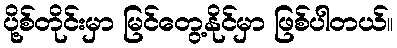
ပို့စ်တိုင်းမှာ မြင်တွေ့နိုင်မှာ ဖြစ်ပါတယ်။